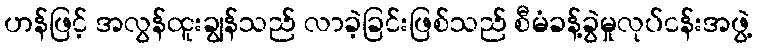
ဟန်ဖြင့် အလွန်ထူးချွန်သည် လာခဲ့ခြင်းဖြစ်သည် စီမံခန့်ခွဲမှုလုပ်ငန်းအဖွဲ့